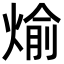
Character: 𪹊